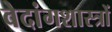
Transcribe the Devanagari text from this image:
वेदांगशास्त्रों